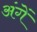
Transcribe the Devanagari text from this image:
अंगें